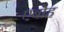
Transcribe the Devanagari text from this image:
एबोह